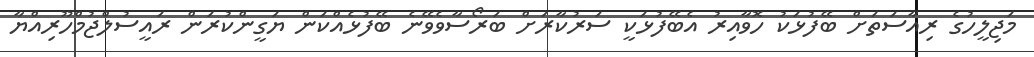
މަޖިލީހުގެ ރިއާސަތަށް ބޭފުޅަކު ހޮވާއިރު އެބޭފުޅަކީ ސަރުކާރަށް ބަރޯސާވެވޭނެ ބޭފުޅެއްކަން ޔަގީންކުރަން ރައީސުލްޖުމްހޫރިއްޔާ